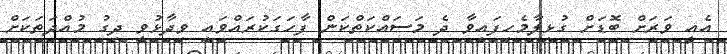
އެއީ ވަރަށް ބޮޑަށް ގުޅިލާމެހިފައިވާ ދެ މަސައްކަތްކަން ފާހަގަކުރައްވައި ވިދާޅުވީ ދިގު މުއްދަތަކަށް